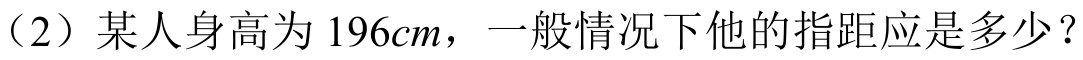
（2）某人身高为\(196cm\)，一般情况下他的指距应是多少？